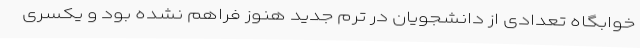
خوابگاه تعدادی از دانشجویان در ترم جدید هنوز فراهم نشده بود و یکسری